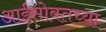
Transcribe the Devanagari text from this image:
आईसोबतच्या